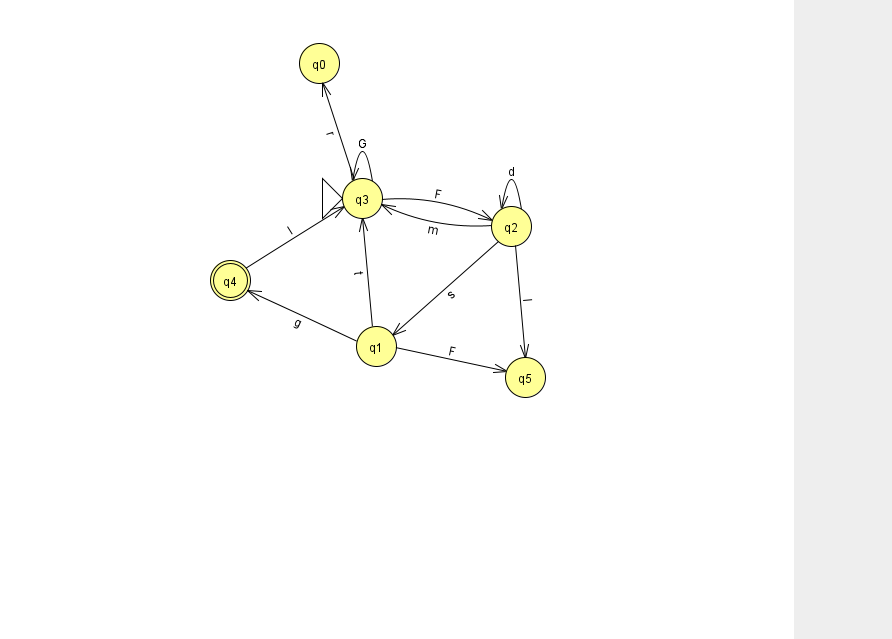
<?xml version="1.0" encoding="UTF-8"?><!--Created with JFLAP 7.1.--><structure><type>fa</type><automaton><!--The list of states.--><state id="0" name="q0"><x>319.0</x><y>50.0</y></state><state id="1" name="q1"><x>376.0</x><y>333.0</y></state><state id="2" name="q2"><x>511.0</x><y>213.0</y></state><state id="3" name="q3"><x>362.0</x><y>185.0</y><initial/></state><state id="4" name="q4"><x>230.0</x><y>267.0</y><final/></state><state id="5" name="q5"><x>525.0</x><y>364.0</y></state><!--The list of transitions.--><transition><from>4</from><to>3</to><read>I</read></transition><transition><from>1</from><to>3</to><read>t</read></transition><transition><from>2</from><to>3</to><read>m</read></transition><transition><from>3</from><to>0</to><read>r</read></transition><transition><from>2</from><to>2</to><read>d</read></transition><transition><from>3</from><to>3</to><read>G</read></transition><transition><from>1</from><to>5</to><read>F</read></transition><transition><from>1</from><to>4</to><read>g</read></transition><transition><from>3</from><to>2</to><read>F</read></transition><transition><from>2</from><to>1</to><read>s</read></transition><transition><from>2</from><to>5</to><read>I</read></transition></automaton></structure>